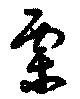
栗